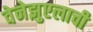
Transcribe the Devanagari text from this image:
वेनेझुएलाची